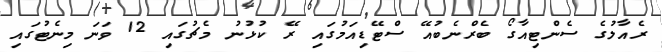
ރެއާލުގެ ސެންޓިއާގޯ ބެރްނެބުއޭ ސްޓޭޑިއަމުގައި ރޭ ކުޅުނު މެޗުގައި 12 ވަނަ މިނެޓުގައި